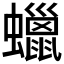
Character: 蠟